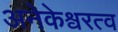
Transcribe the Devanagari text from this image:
अनेकेश्वरत्व